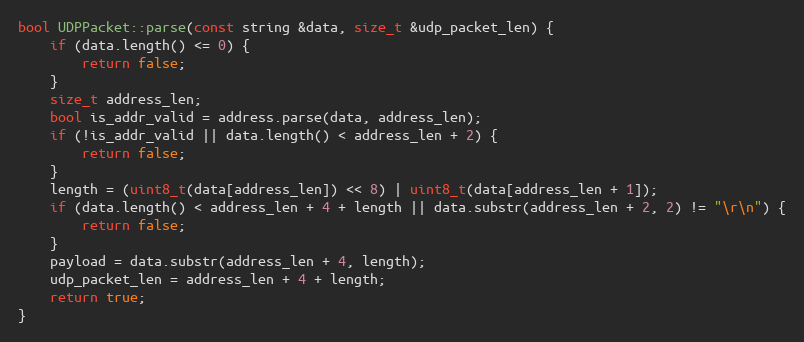
Language: C++
bool UDPPacket::parse(const string &data, size_t &udp_packet_len) {
    if (data.length() <= 0) {
        return false;
    }
    size_t address_len;
    bool is_addr_valid = address.parse(data, address_len);
    if (!is_addr_valid || data.length() < address_len + 2) {
        return false;
    }
    length = (uint8_t(data[address_len]) << 8) | uint8_t(data[address_len + 1]);
    if (data.length() < address_len + 4 + length || data.substr(address_len + 2, 2) != "\r\n") {
        return false;
    }
    payload = data.substr(address_len + 4, length);
    udp_packet_len = address_len + 4 + length;
    return true;
}